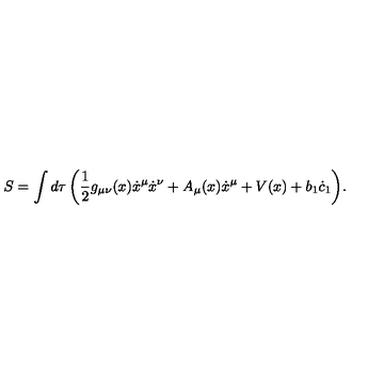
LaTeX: S = \int { d \tau \left( \frac { 1 } { 2 } g _ { \mu \nu } ( x ) \dot { x } ^ { \mu } \dot { x } ^ { \nu } + A _ { \mu } ( x ) \dot { x } ^ { \mu } + V ( x ) + b _ { 1 } \dot { c } _ { 1 } \right) } .